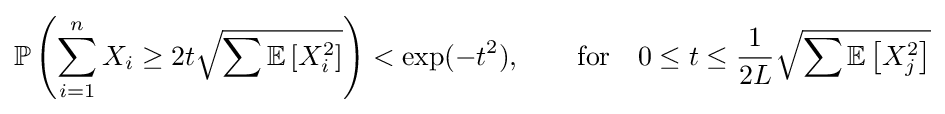
\mathbb {P} \left(\sum _{i=1}^{n}X_{i}\geq 2t{\sqrt {\sum \mathbb {E} \left[X_{i}^{2}\right]}}\right)<\exp(-t^{2}),\qquad {\text{for}}\quad 0\leq t\leq {\frac {1}{2L}}{\sqrt {\sum \mathbb {E} \left[X_{j}^{2}\right]}}